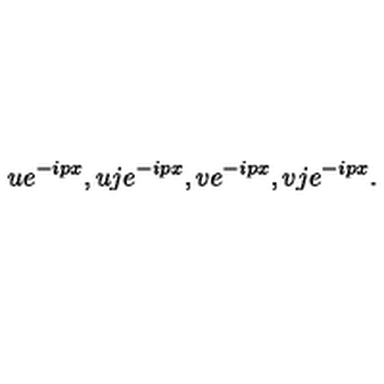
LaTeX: u e ^ { - i p x } , u j e ^ { - i p x } , v e ^ { - i p x } , v j e ^ { - i p x } .